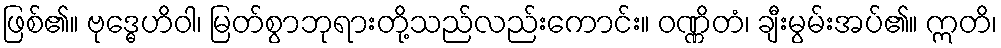
ဖြစ်၏။ ဗုဒ္ဓေဟိဝါ၊ မြတ်စွာဘုရားတို့သည်လည်းကောင်း။ ဝဏ္ဏိတံ၊ ချီးမွမ်းအပ်၏။ ဣတိ၊